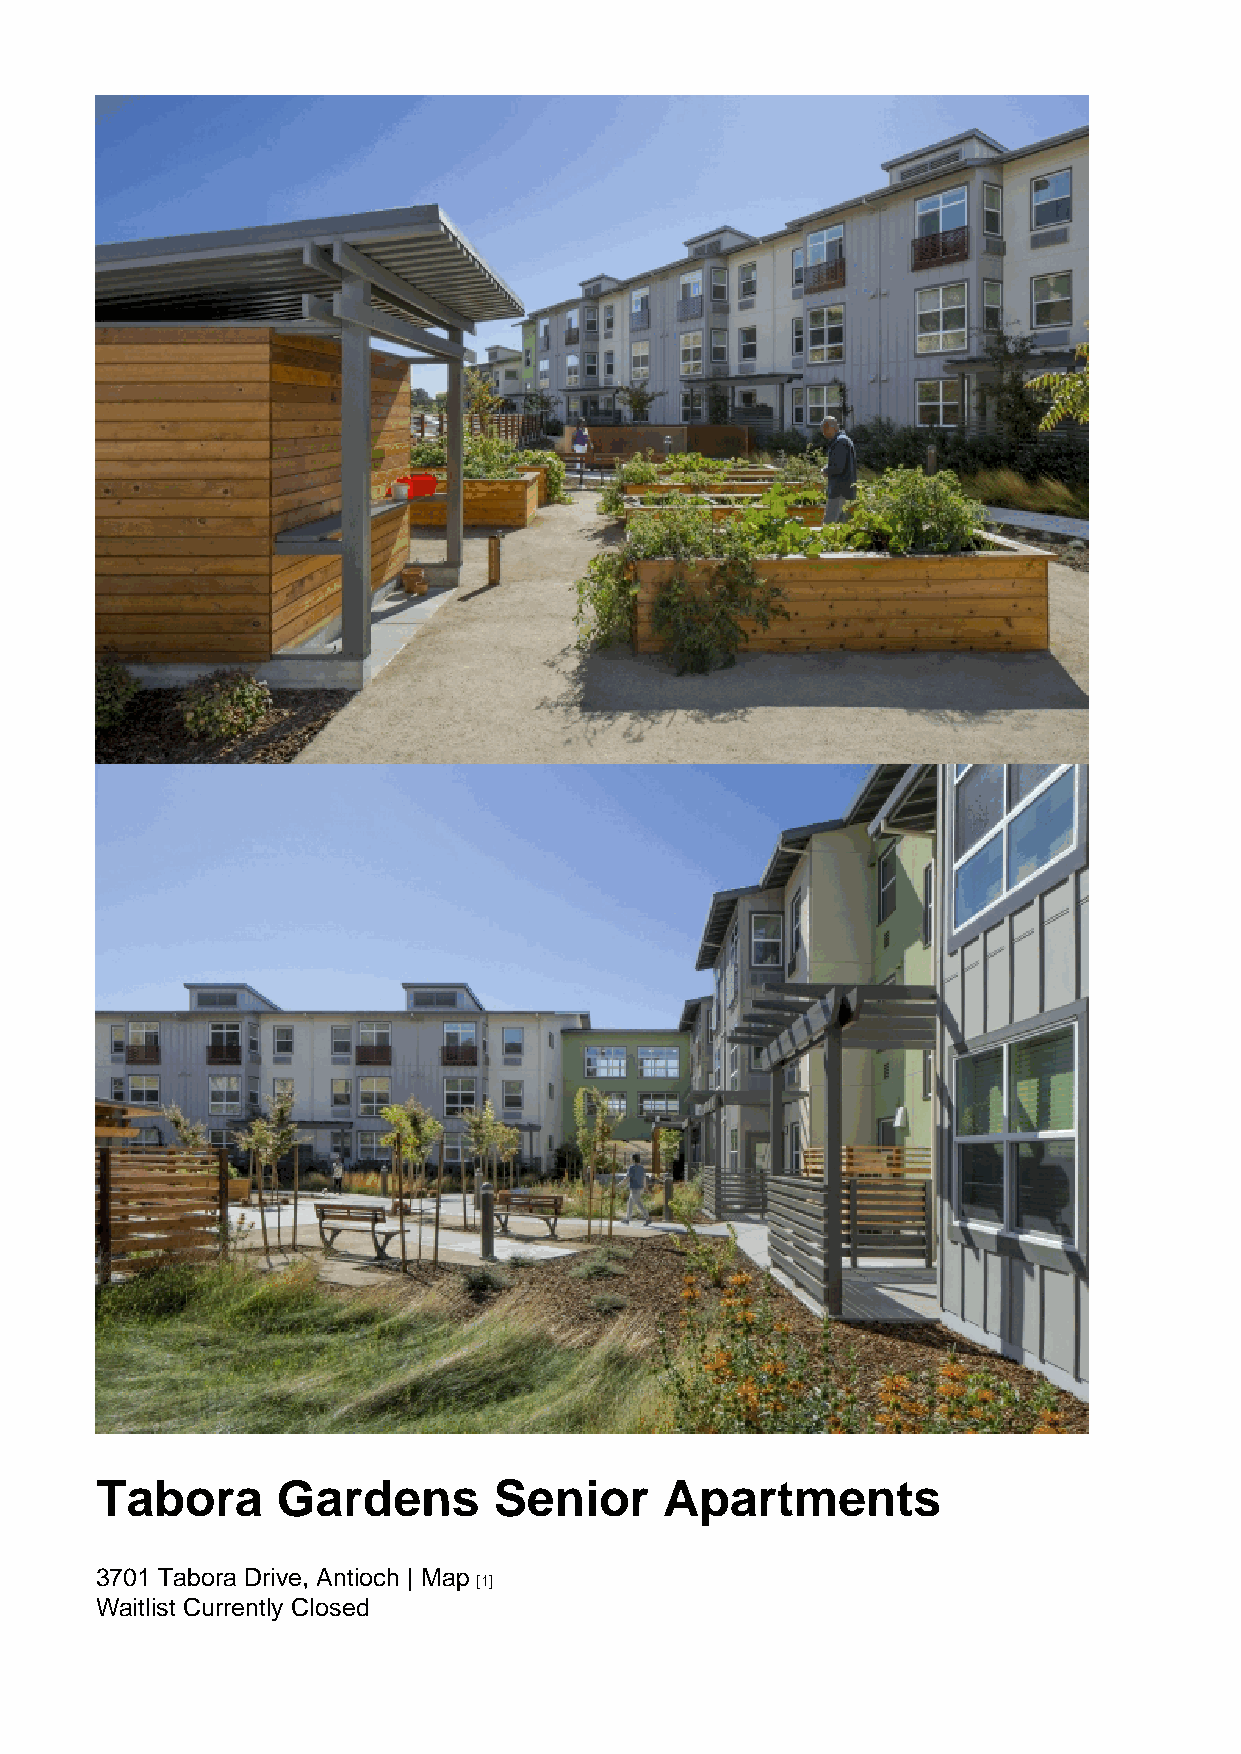
Tabora      Gardens        Senior     Apartments
 3701 Tabora Drive, Antioch | Map
 [1]
 Waitlist Currently Closed